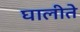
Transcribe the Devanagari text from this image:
घालीते